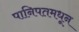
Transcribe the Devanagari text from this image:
पानिपतमधून